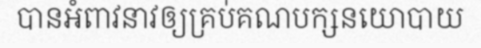
បានអំពាវនាវឲ្យគ្រប់គណបក្សនយោបាយ